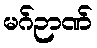
မဂ်ဉာဏ်